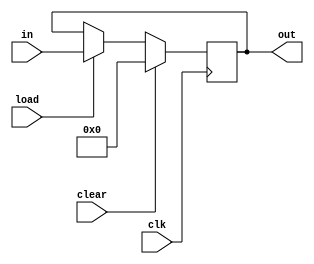
`define BIT_SIZE [7:0]
module LOAD (out, in, clear, load, clk);
	output reg `BIT_SIZE out;
	input `BIT_SIZE in;
	input clear, load, clk;
	
	always@(posedge clk) begin
		if(clear)
			out<=0;
		else if(load)
			out<=in;
	end
endmodule